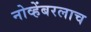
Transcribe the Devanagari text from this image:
नोव्हेंबरलाच